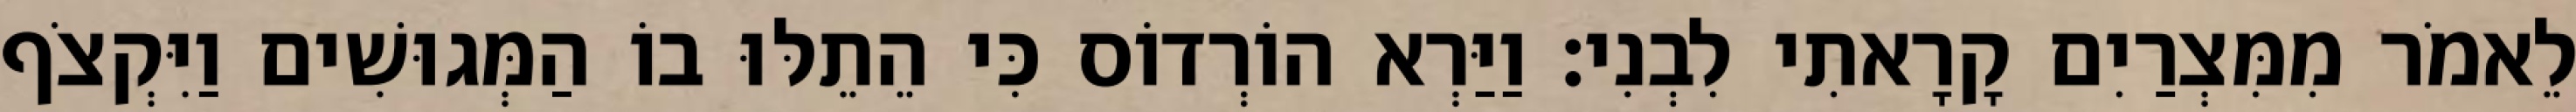
לֵאמֹר מִמִּצְרַיִם קָרָאתִי לִבְנִי׃ וַיַּרְא הוֹרְדוֹס כִּי הֵתֵלּוּ בוֹ הַמְּגוּשִׁים וַיִּקְצֹף